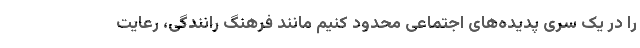
را در یک سری پدیده‌های اجتماعی محدود کنیم مانند فرهنگ رانندگی، رعایت